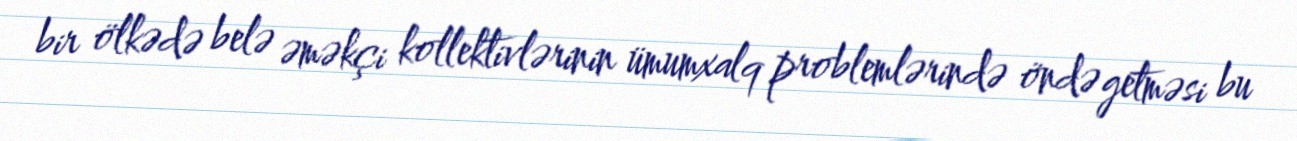
bir ölkədə belə əməkçi kollektivlərinin ümumxalq problemlərində öndə getməsi bu